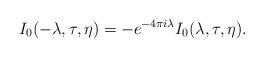
LaTeX: \begin{align*}I_0(-\lambda, \tau, \eta) = -e^{-4\pi i \lambda} I_0(\lambda, \tau, \eta).\end{align*}